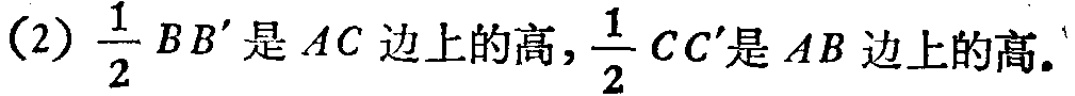
(2) $\frac{1}{2}BB'$是$AC$边上的高，$\frac{1}{2}CC'$是$AB$边上的高。